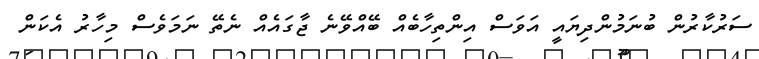
ސަރުކާރުން ބުނަމުންދިޔައީ އަވަސް އިންތިހާބެއް ބޭއްވޭނެ ޖާގައެއް ނެތޭ ނަމަވެސް މިހާރު އެކަން